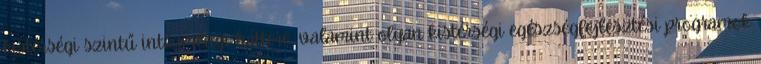
kistérségi szintű intézményi háttere, valamint olyan kistérségi egészségfejlesztési programok